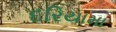
દરિયામા